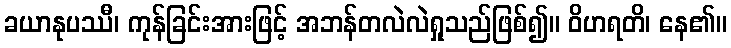
ခယာနုပဿီ၊ ကုန်ခြင်းအားဖြင့် အဘန်တလဲလဲရှုသည်ဖြစ်၍။ ဝိဟရတိ၊ နေ၏။